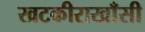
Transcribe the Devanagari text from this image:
खटकीराखाँसी